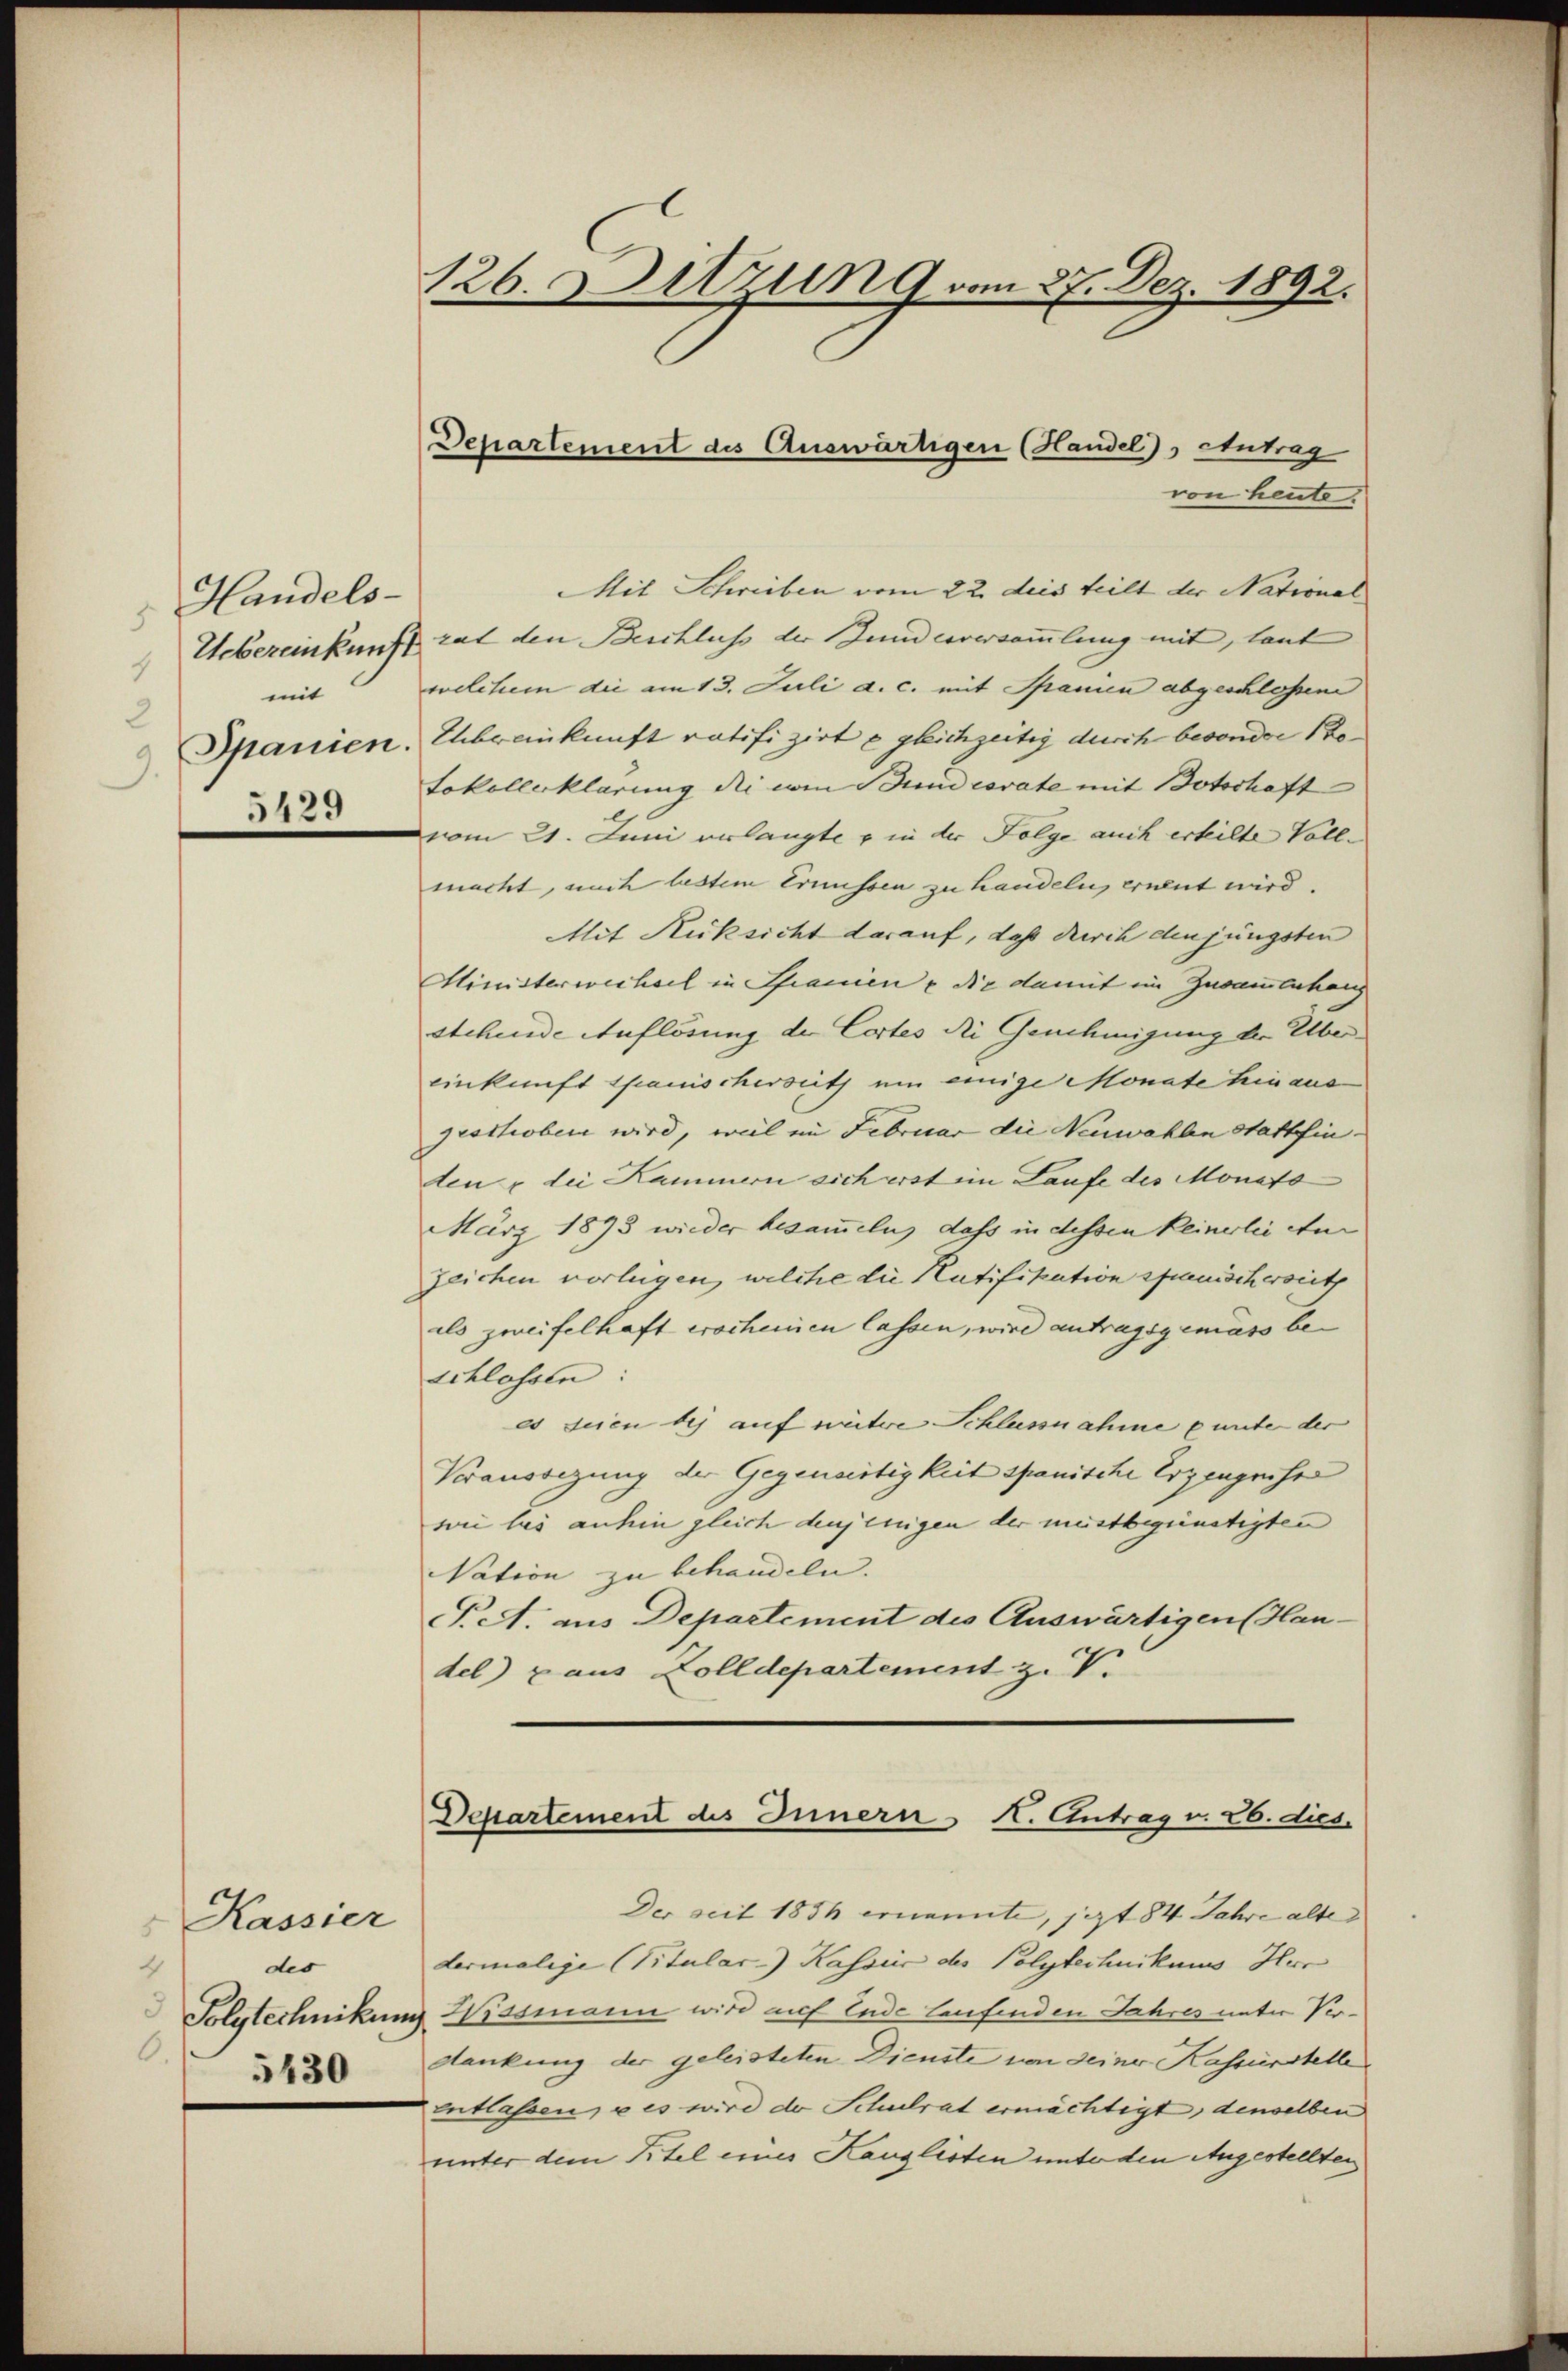
Handels-
5
Uebereinkunft
4
mit
2
9.
5429

Kassier
des
4
6.
5430

126. Sitzun 9 vom 27. Dez. 1892.

Departement des Auswärtigen (Handel), Antrag

von heute.
Mit Schreiben vom 22. des teilt der National
rat den Beschluss der Bundesversammlung mit, laut
velchem die am 13. Juli d. c. mit Spanien abgeschlossene
Spanien. Unbrankunft ratifizirt e gleichzeitig durch besonder Protokollerklärung die von Stundesrate mit Botschaft
vom 21. Juni verlangte & in der Folge auch erteilte Voll-
macht, nach lastem Ernüssen zu handeln, erweit wird.
Mit Rücksicht darauf, daß durch den jüngsten
Ministerwechsel in Spanien u die damit im Zusammenhang
stehende Auflösung der Cortes die Genehmigung der Übereinkunft chanischerseith um einige Monate hinaus
geschoben wird, weil im Februar die Neuwahlen stattfinden u dei Kammern sich erst im Laufe des Monats
März 1893 wieder besammeln, dass in dessen keinerlei An
zeichen vorlegen, welche die Ratifikation spanischerseith
als zweifelhaft erachenen lassen, wird antragsgemäss be-
schlossen:
es seien des auf weitere Schlussnahme unter der
Veraussezung der Gegenartigkeit spanische Erzeugniss
wie bei anhin gleich denjenigen der meistbegünstigten
NNation zu behandeln.
P. A. aus Departement des Auswärtigen (Han-
del) aus Zolldepartement z. V.

Departement des Innern H. Antrag v. 26. dies.

Der seit 1856 ernannte, jezt 84 Jahre alte
dermalige (Titular) Kasse des Polytechnikums Her
Folytechnikung Wissmann wird auf Ende laufenden Jahres unter Verdankung der geleisteten Dienste von deiner Kassürstelle
Entlassen, u es wird der Schulrat ermächtigt, denselben
unter dem Titel eines Kanzlisten unter den Angestellten